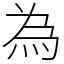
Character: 為